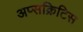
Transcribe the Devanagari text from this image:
अप्सक्रिटिस